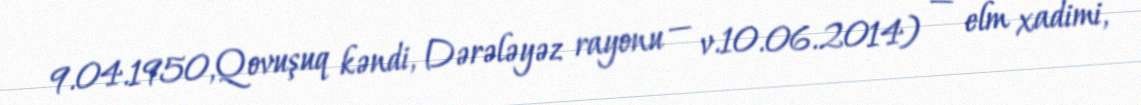
9.04.1950,Qovuşuq kəndi, Dərələyəz rayonu — v.10.06.2014) — elm xadimi,